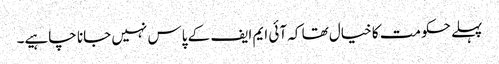
پہلے حکومت کا خیال تھا کہ آئی ایم ایف کے پاس نہیں جانا چاہیے۔